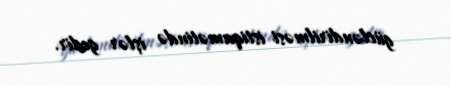
gücləndirilməsi istiqamətində işlər gedir.